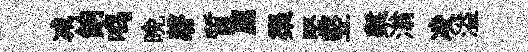
减餉鸣晚磬質薦渠堅竪槧滃凌溢